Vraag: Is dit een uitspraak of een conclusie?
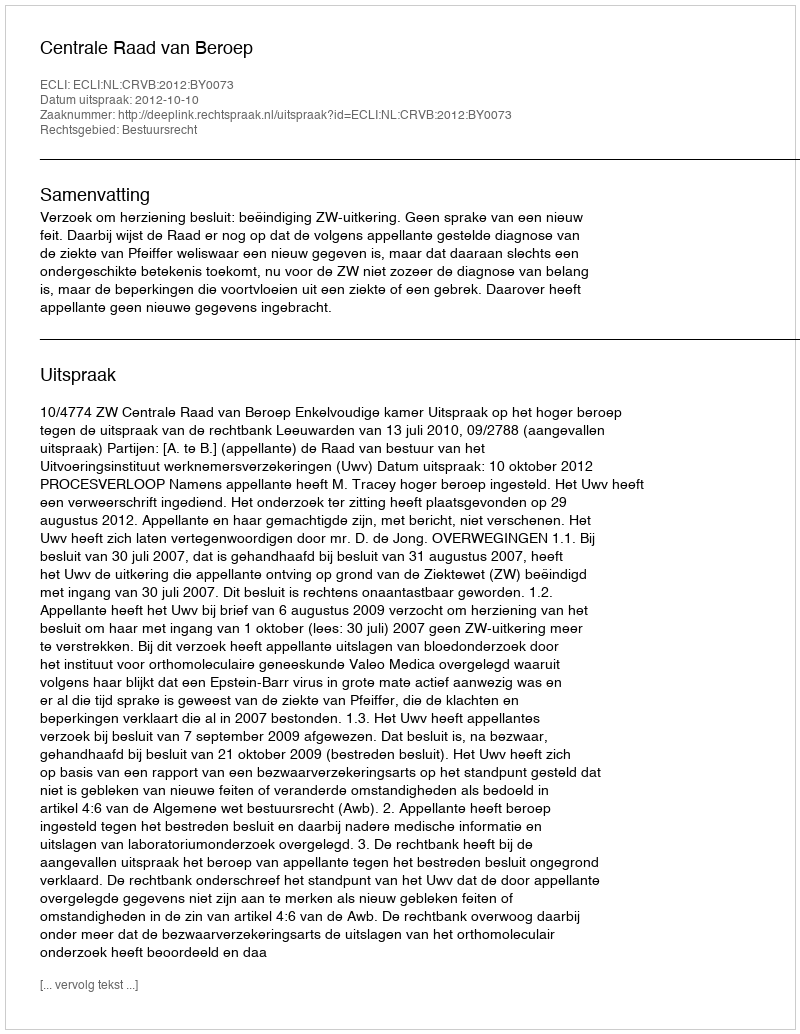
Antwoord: Uitspraak